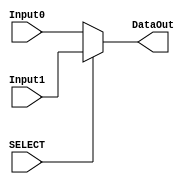
module MUX_2x1 #(parameter W=32) (Input0,
											 Input1,
											 SELECT,
											 DataOut);

input SELECT;
											 
input [W-1:0] Input0,Input1;

output wire [W-1:0] DataOut;

assign DataOut = SELECT ? Input1: Input0;

endmodule